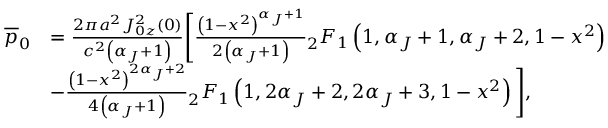
\begin{array} { r l } { \overline { { p } } _ { 0 } } & { = \frac { 2 \pi a ^ { 2 } J _ { 0 z } ^ { 2 } ( 0 ) } { c ^ { 2 } \left( \alpha _ { J } + 1 \right) } \Bigg [ \frac { \left( 1 - x ^ { 2 } \right) ^ { \alpha _ { J } + 1 } } { 2 \left( \alpha _ { J } + 1 \right) } { _ 2 } F _ { 1 } \left( 1 , \alpha _ { J } + 1 , \alpha _ { J } + 2 , 1 - x ^ { 2 } \right) } \\ & { - \frac { \left( 1 - x ^ { 2 } \right) ^ { 2 \alpha _ { J } + 2 } } { 4 \left( \alpha _ { J } + 1 \right) } { _ 2 } F _ { 1 } \left( 1 , 2 \alpha _ { J } + 2 , 2 \alpha _ { J } + 3 , 1 - x ^ { 2 } \right) \Bigg ] , } \end{array}